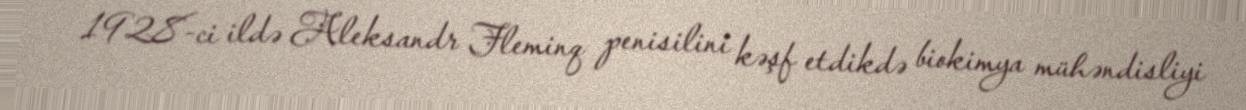
1928-ci ildə Aleksandr Fleminq penisilini kəşf etdikdə biokimya mühəndisliyi